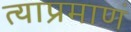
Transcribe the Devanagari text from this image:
त्याप्रमाणं